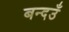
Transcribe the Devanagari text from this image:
बन्दउँ